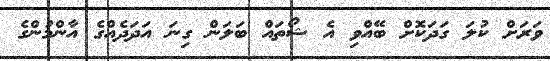
ވަރަށް ކުލަ ގަދަކޮށް ބޭއްވި އެ ޝޯތައް ބަލަން ގިނަ އަދަދެއްގެ އާންމުންގެ